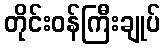
တိုင်းဝန်ကြီးချုပ်